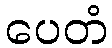
ပေတံ